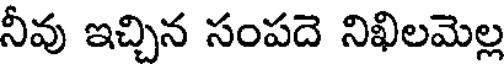
నీవు ఇచ్చిన సంపదె నిఖిలమెల్ల